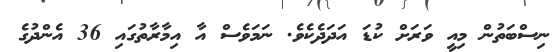
ނިސްބަތުން މިއީ ވަރަށް ކުޑަ އަދަދެކެވެ. ނަމަވެސް އާ އިމާރާތުގައި 36 އެންދުގެ